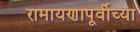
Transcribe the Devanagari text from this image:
रामायणापूर्वीच्या